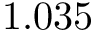
1 . 0 3 5